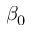
\beta _ { 0 }